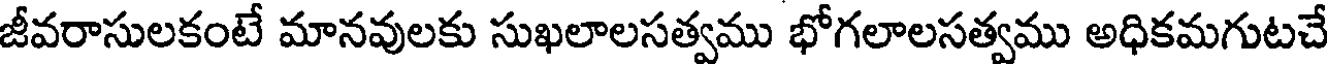
జీవరాసులకంటే మానవులకు సుఖలాలసత్వము భోగలాలసత్వము అధికమగుటచే